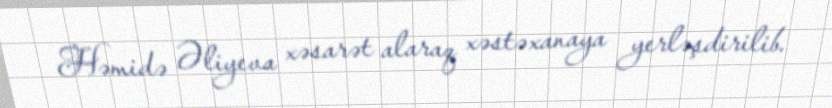
Həmidə Əliyeva xəsarət alaraq xəstəxanaya yerləşdirilib.